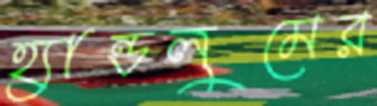
হ্যান্ডলুমের